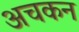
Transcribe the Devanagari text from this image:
अचकन